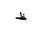
Letter: _za